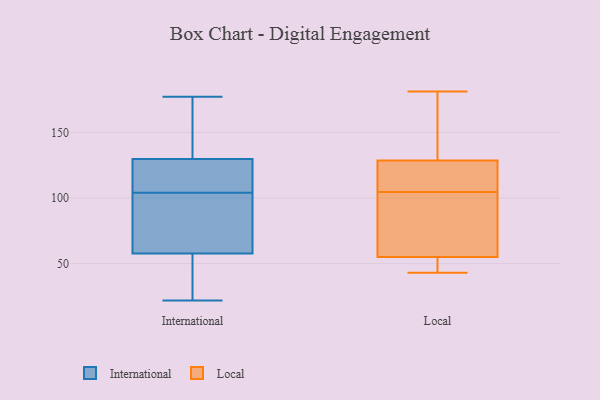
{"axis": {"x": "Demand Index", "y": "Value"}, "legend": ["International", "Local"], "data": [{"x": "", "y": 56, "type": "International"}, {"x": "", "y": 120, "type": "International"}, {"x": "", "y": 90, "type": "International"}, {"x": "", "y": 84, "type": "International"}, {"x": "", "y": 29, "type": "International"}, {"x": "", "y": 23, "type": "International"}, {"x": "", "y": 146, "type": "International"}, {"x": "", "y": 145, "type": "International"}, {"x": "", "y": 126, "type": "International"}, {"x": "", "y": 124, "type": "International"}, {"x": "", "y": 57, "type": "International"}, {"x": "", "y": 177, "type": "International"}, {"x": "", "y": 157, "type": "International"}, {"x": "", "y": 131, "type": "International"}, {"x": "", "y": 84, "type": "International"}, {"x": "", "y": 104, "type": "International"}, {"x": "", "y": 107, "type": "International"}, {"x": "", "y": 60, "type": "International"}, {"x": "", "y": 22, "type": "International"}, {"x": "", "y": 65, "type": "Local"}, {"x": "", "y": 113, "type": "Local"}, {"x": "", "y": 128, "type": "Local"}, {"x": "", "y": 123, "type": "Local"}, {"x": "", "y": 96, "type": "Local"}, {"x": "", "y": 45, "type": "Local"}, {"x": "", "y": 129, "type": "Local"}, {"x": "", "y": 181, "type": "Local"}, {"x": "", "y": 43, "type": "Local"}, {"x": "", "y": 52, "type": "Local"}, {"x": "", "y": 152, "type": "Local"}, {"x": "", "y": 58, "type": "Local"}]}